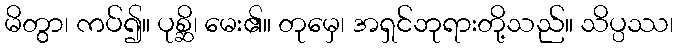
မိတွာ၊ ကပ်၍။ ပုစ္ဆိ၊ မေး၏။ တုမှေ၊ အရှင်ဘုရားတို့သည်။ သိပ္ပဿ၊